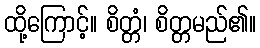
ထို့ကြောင့်။ စိတ္တံ၊ စိတ္တမည်၏။